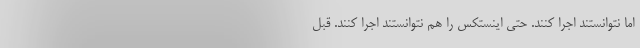
اما نتوانستند اجرا کنند. حتی اینستکس را هم نتوانستند اجرا کنند. قبل